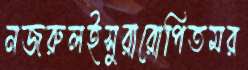
নজরুলইসুরারোপিতমর